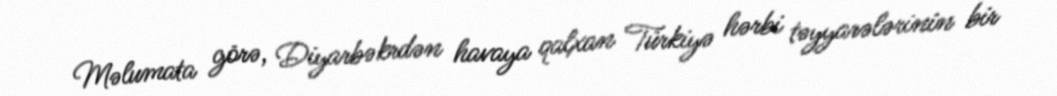
Məlumata görə, Diyarbəkrdən havaya qalxan Türkiyə hərbi təyyarələrinin bir